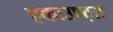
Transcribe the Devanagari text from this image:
एकाउण्ट्स